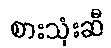
စားသုံးဆီ